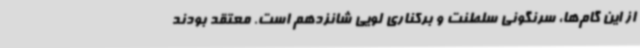
از این گام‌ها، سرنگونی سلطنت و برکناری لویی شانزدهم است. معتقد بودند